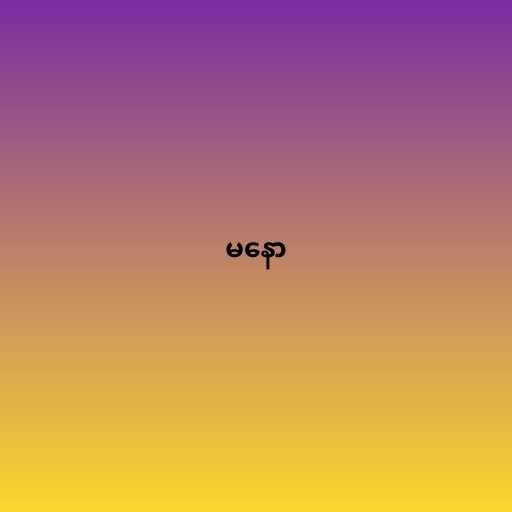
မနော